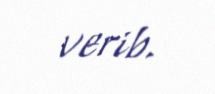
verib.